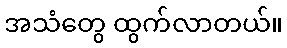
အသံတွေ ထွက်လာတယ်။